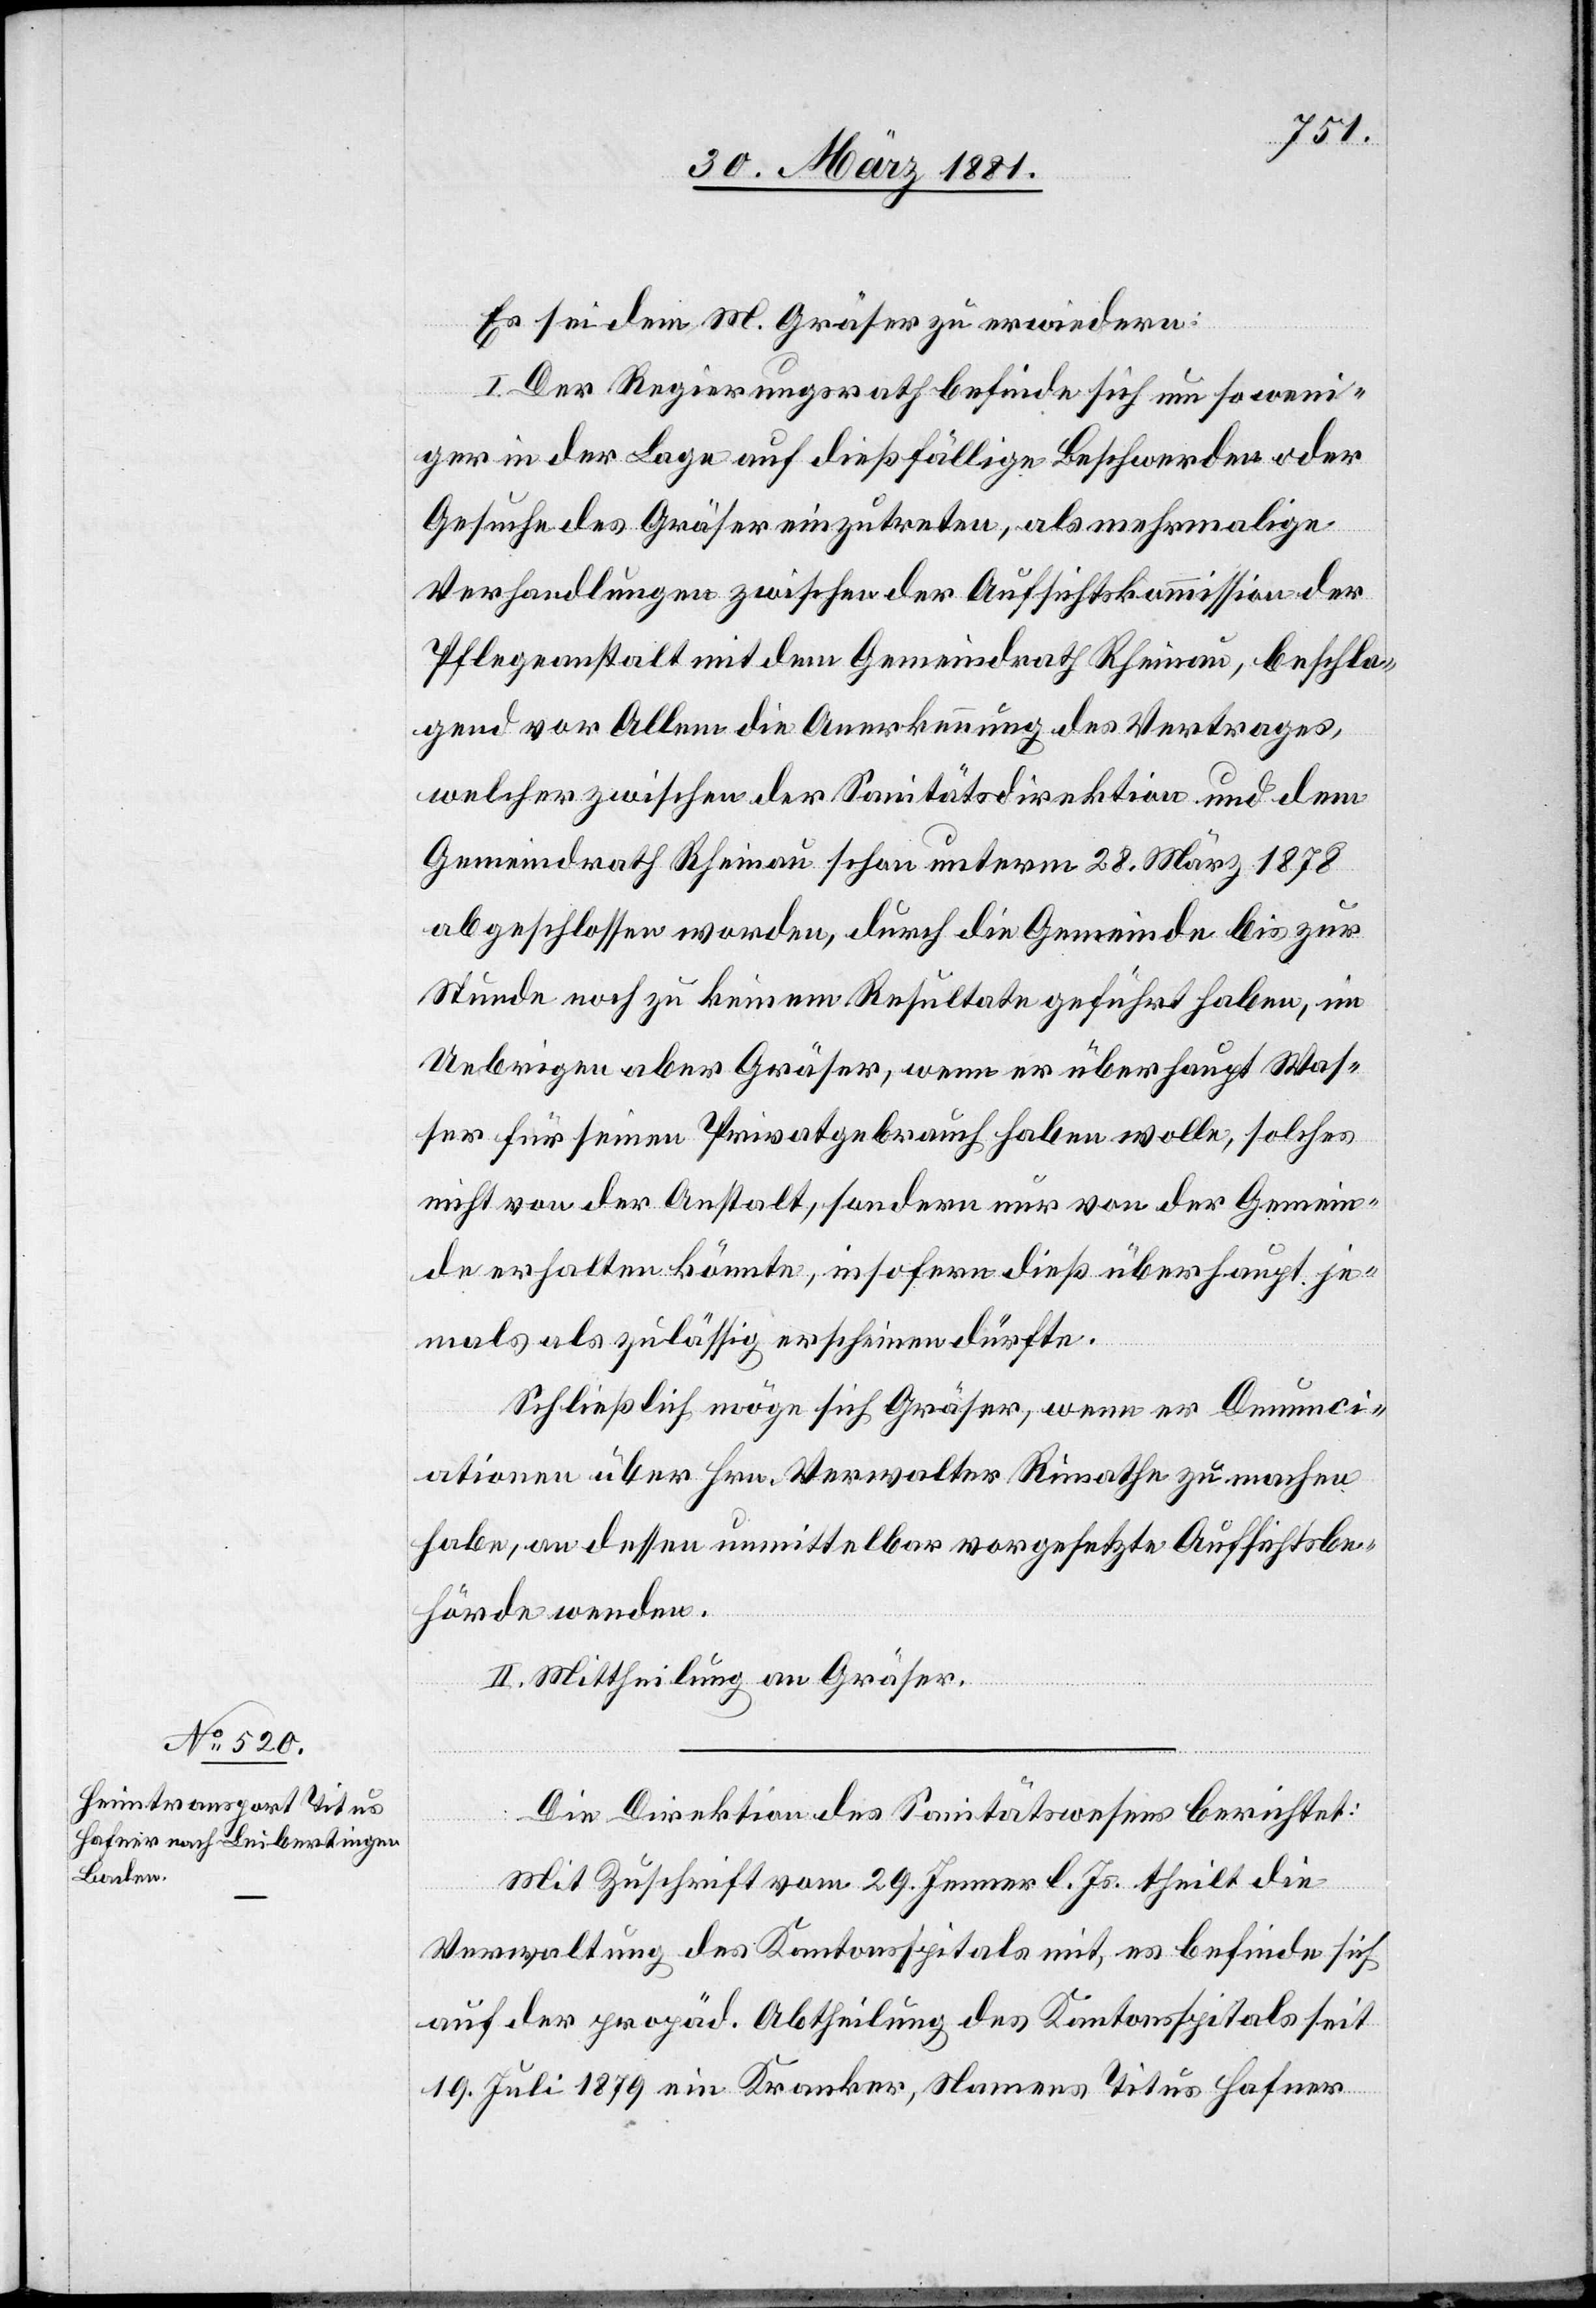
Es sei dem M. Gräser zu erwiedern:
I. Der Regierungsrath befinde sich um so weni¬
ger in der Lage auf dießfällige Beschwerden oder
Gesuche des Gräser einzutreten, als mehrmalige
Verhandlungen zwischen der Aufsichtskommission der
Pflegeanstalt mit dem Gemeindrath Rheinau beschla¬
gend vor Allem die Anerkennung des Vertrages,
welcher zwischen der Sanitätsdirektion und dem
Gemeindrath Rheinau schon unterm 28. März 1878
abgeschlossen worden, durch die Gemeinde bis zur
Stunde noch zu keinem Resultate geführt haben, im
Uebrigen aber Gräser, wenn er überhaupt Was¬
ser für seinen Privatgebrauch haben wolle, solches
nicht von der Anstalt, sondern nur von der Gemein¬
de erhalten könnte, insofern dieß überhaupt je¬
mals als zulässig erscheinen dürfte.
Schließlich möge sich Gräser, wenn er Denunci¬
ationen über Hrn. Verwalter Rimathe zu machen
habe, an dessen unmittelbar vorgesetzte Aufsichtsbe¬
hörde wenden.
II. Mittheilung an Gräser.
Die Direktion des Sanitätswesens berichtet:
Mit Zuschrift vom 29. Jenner l. Js. theilt die
Verwaltung des Kantonsspitals mit, es befinde sich
auf der propäd. Abtheilung des Kantonsspitals seit
19. Juli 1879 ein Kranker, Namens Titus Hafner